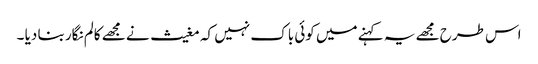
اس طرح مجھے یہ کہنے میں کوئی باک نہیں کہ مغیث نے مجھے کالم نگار بنا دیا ۔